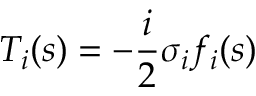
T _ { i } ( s ) = - \frac { i } { 2 } \sigma _ { i } f _ { i } ( s )